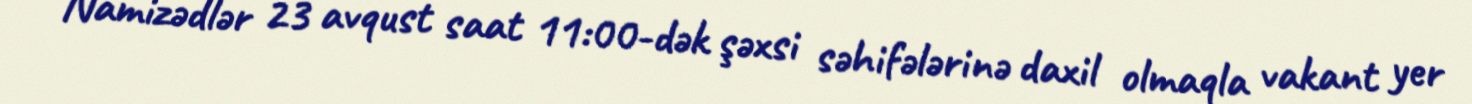
Namizədlər 23 avqust saat 11:00-dək şəxsi səhifələrinə daxil olmaqla vakant yer